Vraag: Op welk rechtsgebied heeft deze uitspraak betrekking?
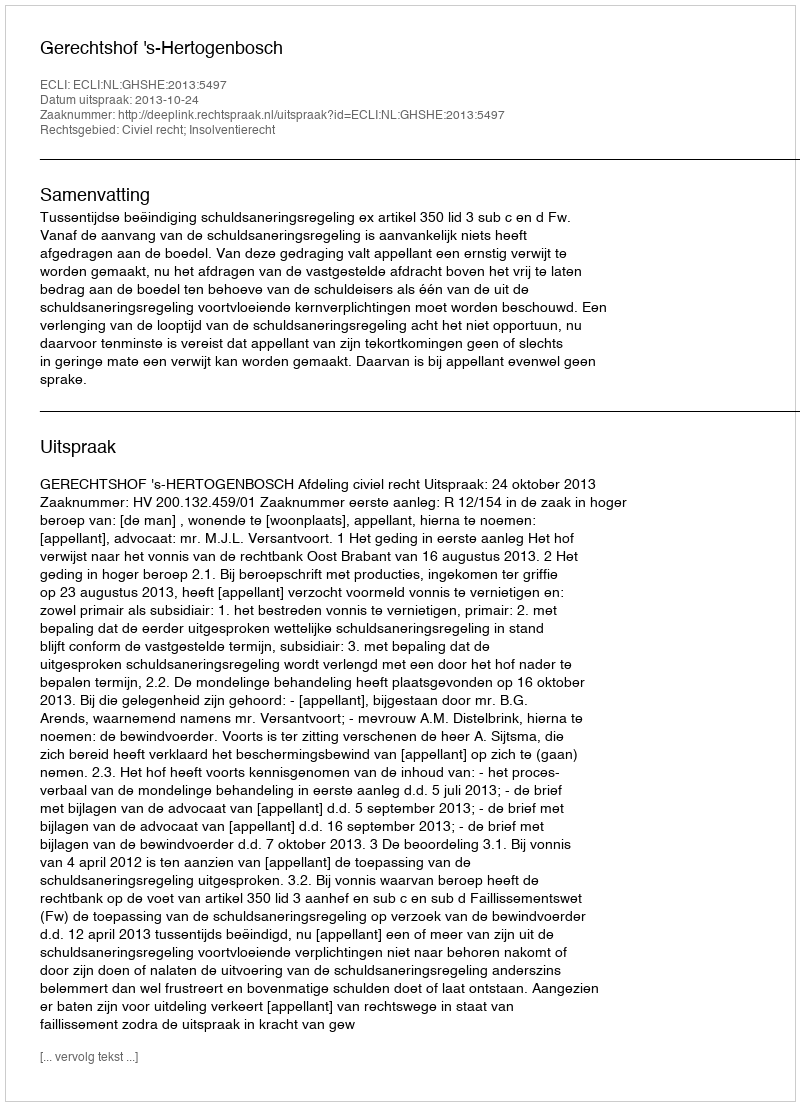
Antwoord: Civiel recht; Insolventierecht